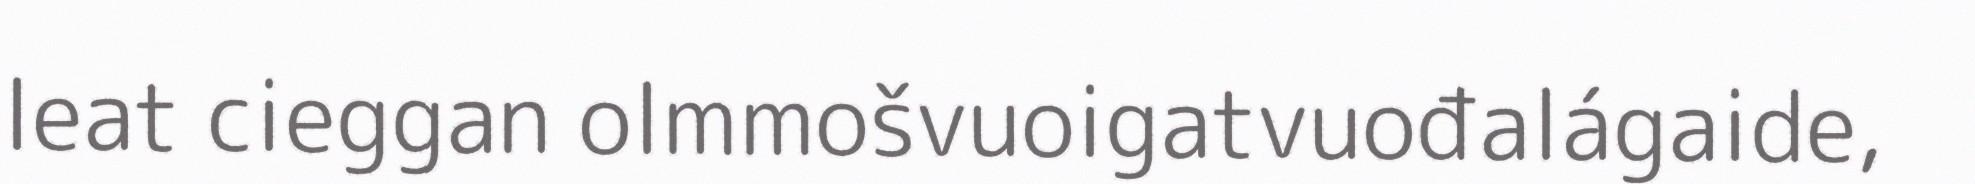
leat cieggan olmmošvuoigatvuođalágaide,